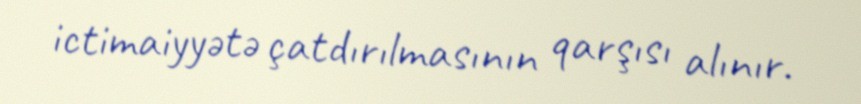
ictimaiyyətə çatdırılmasının qarşısı alınır.